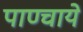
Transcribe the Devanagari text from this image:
पाण्चाये